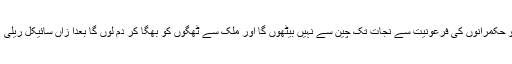
جمشید دستی نے کہا کہ قوم کو حکمرانوں کی فرعونیت سے نجات تک چین سے نہیں بیٹھوں گا اور ملک سے ٹھگوں کو بھگا کر دم لوں گا بعدا زاں سائیکل ریلی لاہور کی جانب روانہ ہو گئی ۔